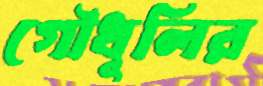
গৌধূলির